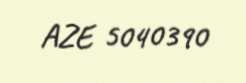
AZE 5040390